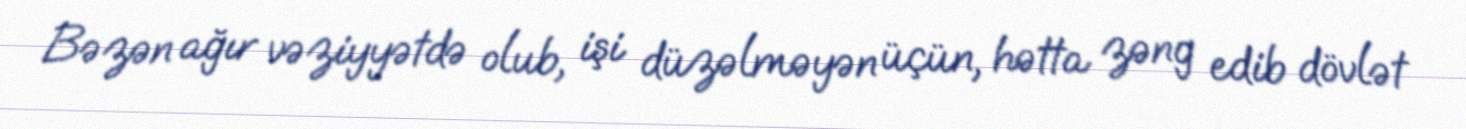
Bəzən ağır vəziyyətdə olub, işi düzəlməyən üçün, hətta zəng edib dövlət